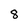
Character: 8